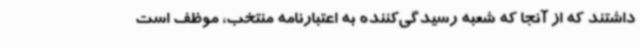
داشتند که از آنجا که شعبه رسیدگی‌کننده به اعتبارنامه منتخب، موظف است